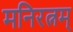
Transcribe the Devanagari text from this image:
मनिरत्नम्‌